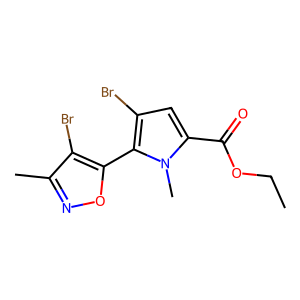
SMILES: CCOC(=O)c1cc(Br)c(-c2onc(C)c2Br)n1C
Inhibits HIV replication: No